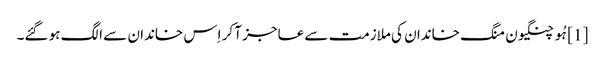
[1] ہُو چنگیون منگ خاندان کی ملازمت سے عاجز آ کر اِس خاندان سے الگ ہو گئے۔